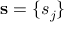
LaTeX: \mathbf { s } = \{ s _ { j } \}